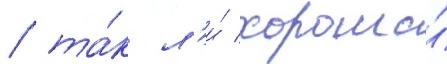
/ та́к л'и́ хороша́